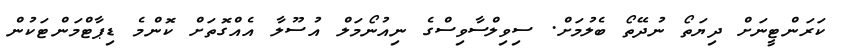
ކަރަންޓީނަށް ދިޔަތޯ ނުދޭތޯ ބެލުމަށް. ސިވިލްސާވިސްގެ ނިއުނޯމަލް އުސޫލާ އެއްގޮތަށް ކޮންމެ ޑިޕާޓްމަންޓަކުން